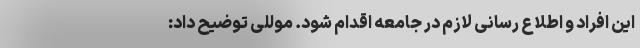
این افراد و اطلاع رسانی لازم در جامعه اقدام شود. موللی توضیح داد: